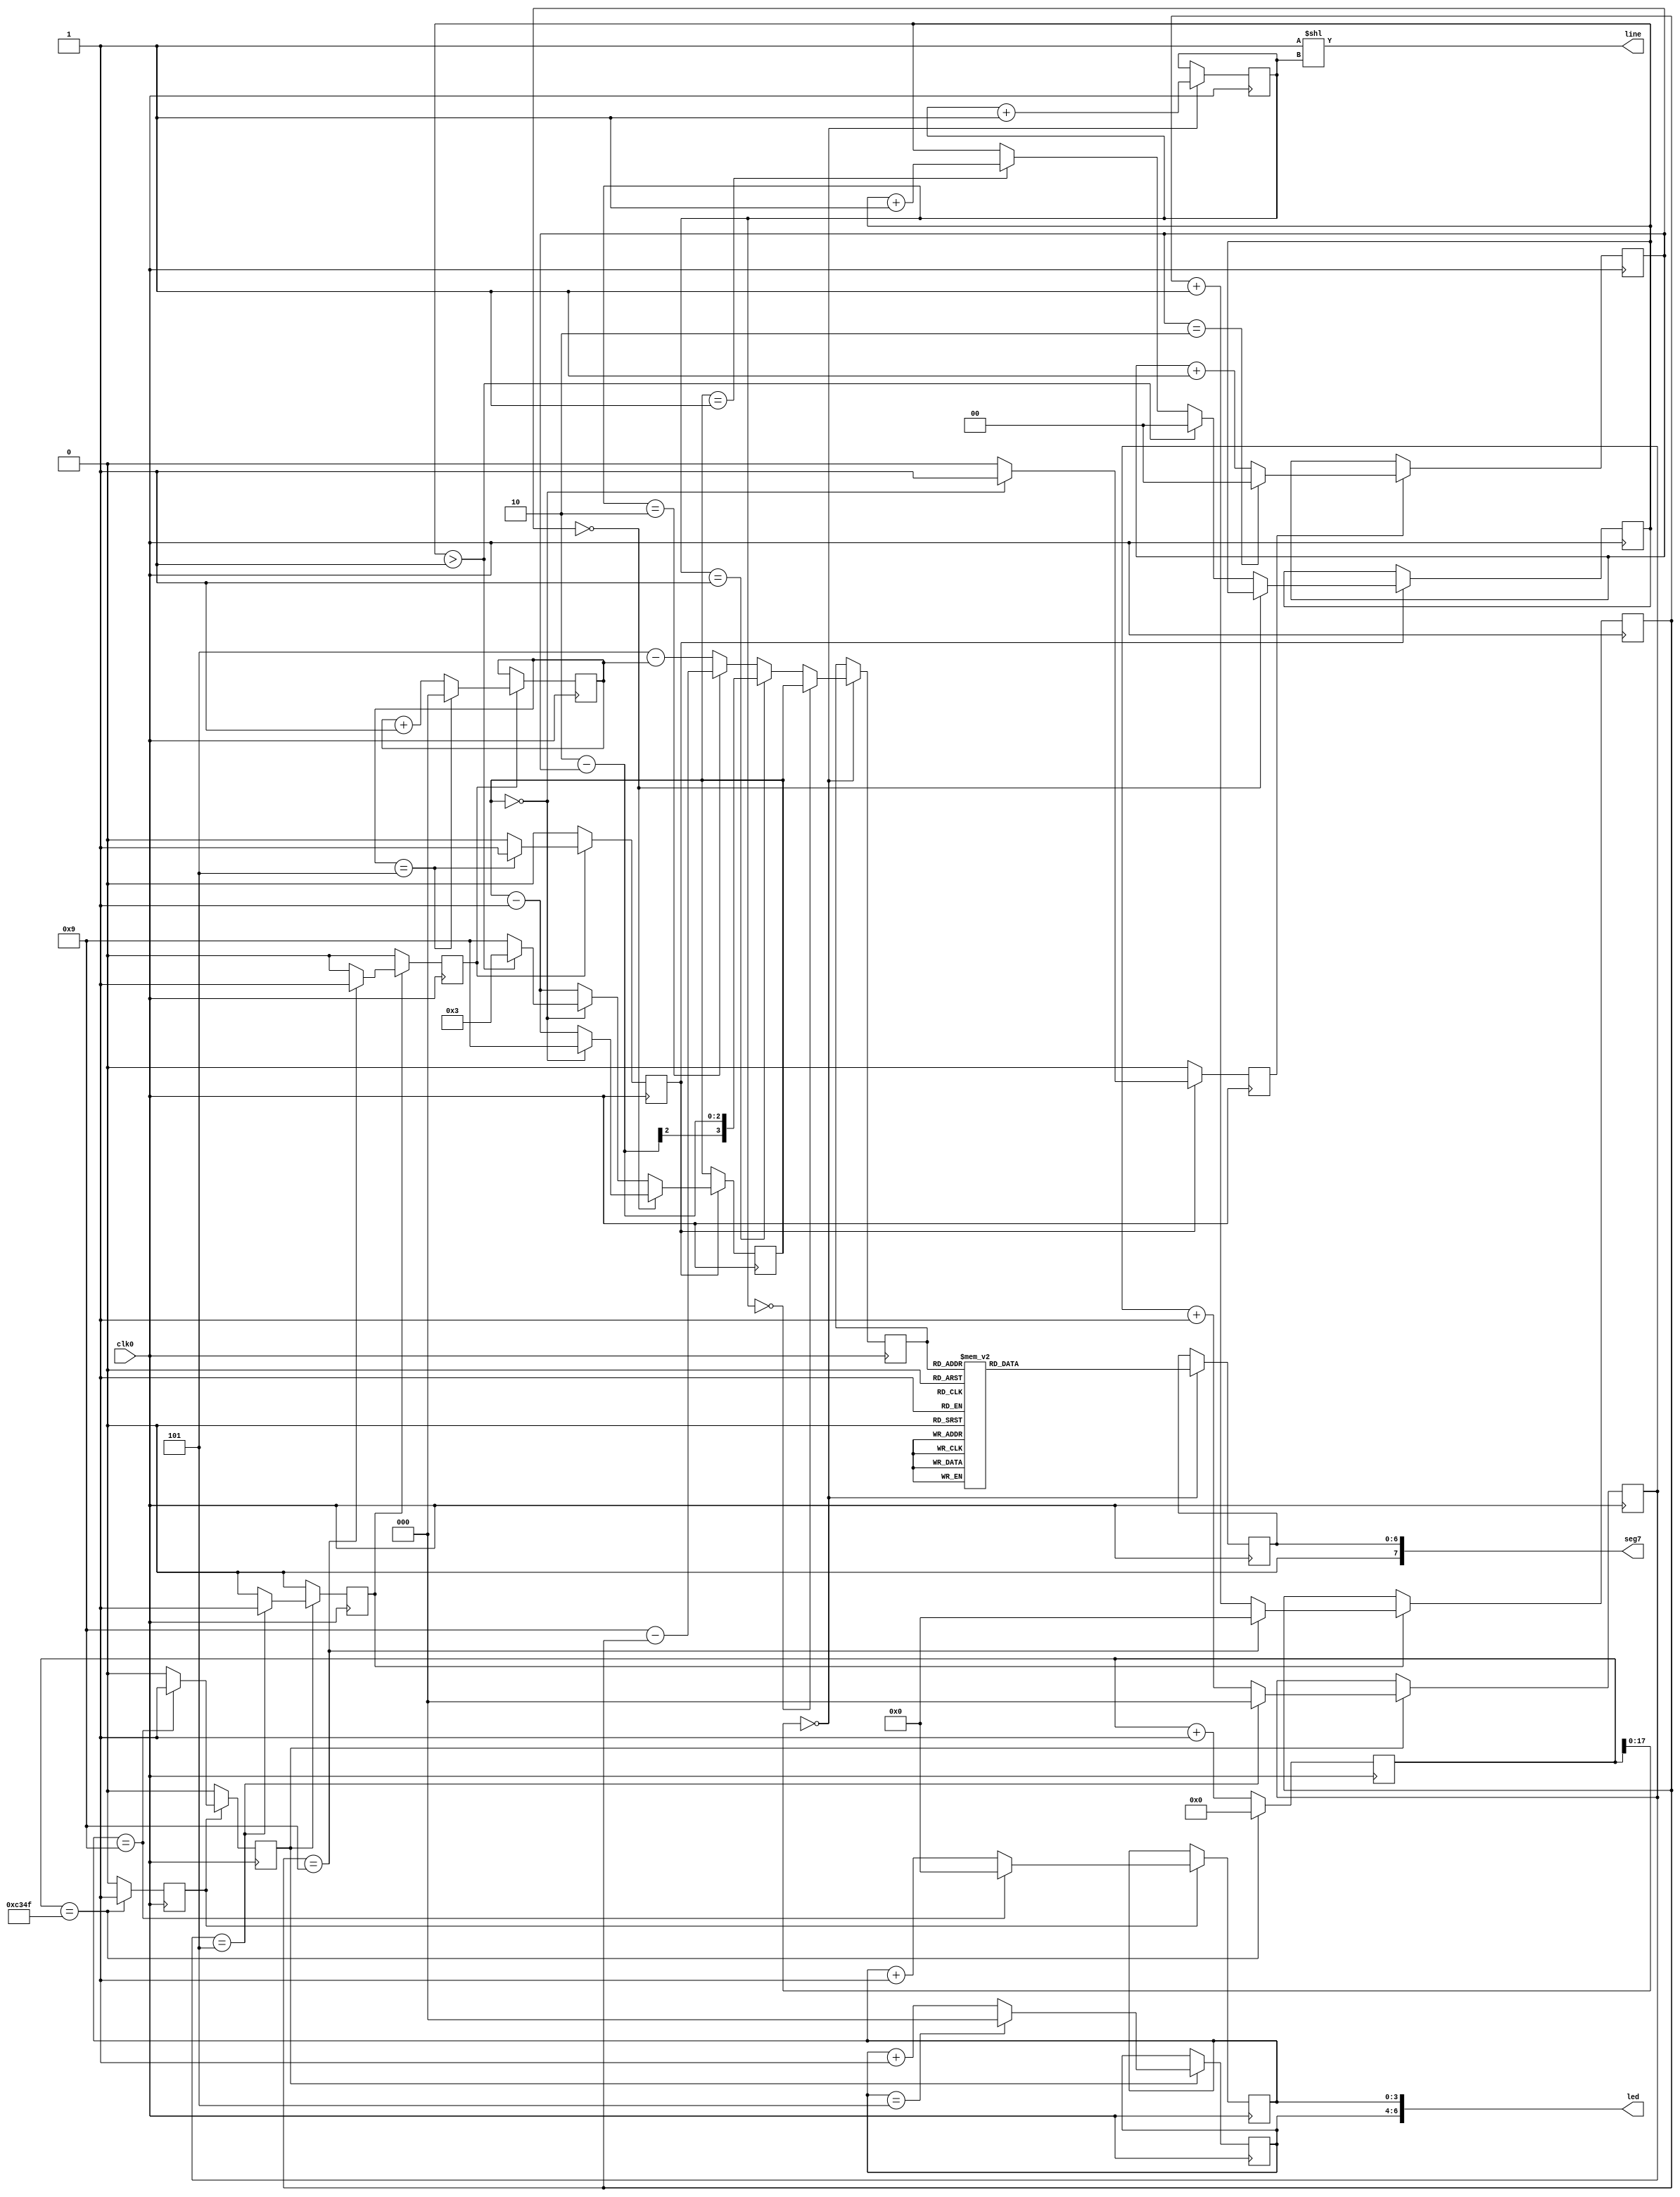
module count_day_reverse(
	input wire  clk0,
	output wire [7:0] seg7,
	output wire [3:0] line,
	output wire [6:0] led
);
	assign line = 4'b0001<<ab;
	assign led = { 1'b0, count6, count10 };
	assign seg7 = { 1'b0, disp };

	// \
	reg[6:0] disp=7'b0;
	reg[3:0] x;
	reg[1:0] ab=2'b0;
	always @( posedge clk0 )begin	
		if(c[17:0] == 0)begin
			if(ab == 2'b00)begin
				//x <= count_10min;
				//if(count_top != 4'd2)begin
				//	x <= 4'd9 - count_10hour;
				//end
				//else begin
				//	x <= 4'd3 - count_10hour;
				//end
				//x <= count_10hour;
				x <= count_10hour;
			end
			else if(ab == 2'b01)begin
				//x <= count_1hour;
				x <= 4'd2 - count_top;
			end
			else if(ab == 2'b10)begin
				//x <= count_10hour;
				x <= 4'd9 - count_10min;
			end
			else begin
				//x <= count_top;
				x <= 4'd5 - count_1hour;
			end
			
			ab <= ab+1'b1;
		//x <= ab?count6:count10;
		
			//case(ab)
			//	2'b00 : x <= count_10min;
			//	2'b01 : x <= count_1hour;
			//	2'b10 : x <= count_10hour;
			//	2'b11 : x <= count_top;
			//endcase
			
			case(x)
				4'b0000 : disp <= 7'b0111111; //0
				4'b0001 : disp <= 7'b0000110; //1
				4'b0010 : disp <= 7'b1011011; //2
				4'b0011 : disp <= 7'b1001111; //3
				4'b0100 : disp <= 7'b1100110; //4
				4'b0101 : disp <= 7'b1101101; //5
				4'b0110 : disp <= 7'b1111101; //6
				4'b0111 : disp <= 7'b0100111; //7
				4'b1000 : disp <= 7'b1111111; //8
				4'b1001 : disp <= 7'b1101111; //9
				default : disp <= 7'b0000000;
			endcase
		end
	end
	 
	// 1b
	//reg[26:0] c=27'b0;
	//always @( posedge clk0 ) c <= (c==27'd99999999) ? 1'b0 : (c+1'b1);
	//reg[24:0] c=25'b0;
	//always @( posedge clk0 ) c <= (c==25'd999999) ? 1'b0 : (c+1'b1);
	
	// 1b NEW
 	reg[26:0] c=27'b0;
 	reg sec_enable=1'b0;
 	always @( posedge clk0 )begin
 		c <= ( c==27'd49999 )?1'b0:(c+1'b1);
 		sec_enable <= ( c==27'd49999 )?1'b1:1'b0;
 	end 
	
	// 10iJE^ 0~9b
	reg[3:0] count10 = 4'b0;
	reg sec10_enable = 1'b0;
	always @(posedge clk0) begin
		if(sec_enable)begin
			count10 <= (count10==4'd9) ? 1'b0 : (count10+1'b1);
			sec10_enable <= (count10==4'd9)? 1'b1 : 1'b0;
		end
		else begin
			sec10_enable <= 1'b0;
		end
	end

	// 6iJE^
 	reg[2:0] count6=3'b0;
 	always @( posedge clk0 )
 		if( sec10_enable ) count6<=(count6==3'd5)?1'b0:(count6+1'b1);
	
	// 1JE^ 
	reg[2:0] count_1min = 3'b0;
	reg min_enable = 1'b0;
	always @(posedge clk0) begin
		if(sec10_enable)begin
			count_1min <= (count_1min==4'd5) ? 1'b0 : (count_1min+1'b1);
			min_enable <= (count_1min==4'd5) ? 1'b1 : 1'b0;
		end
		else begin
			min_enable <= 1'b0;
		end
	end
	
	// 10JE^
	reg[3:0] count_10min = 4'b0;
	reg ten_min_enable = 1'b0;
	always @(posedge clk0) begin
		if(min_enable)begin
			count_10min <= (count_10min==4'd9) ? 1'b0 : (count_10min+1'b1);
			ten_min_enable <= (count_10min==4'd9) ? 1'b1 : 1'b0;
		end
		else begin
			ten_min_enable <= 1'b0;
		end
	end
	
	// 106iJE^ -> 1Ԃ쐬
	reg[2:0] count_1hour = 3'b0;
	reg hour_enable = 1'b0;
	always @(posedge clk0) begin
		if(ten_min_enable)begin
			count_1hour <= (count_1hour==4'd5) ? 1'b0 : (count_1hour+1'b1);
			hour_enable <= (count_1hour==4'd5) ? 1'b1 : 1'b0;
		end
		else begin
			hour_enable <= 1'b0;
		end
	end
	
	// ԗp10iJE^ -> 0~9
	reg[3:0] count_10hour = 4'd3;
	reg ten_hour_enable = 1'b0;
	reg[1:0] flag = 2'd0;
	always @(posedge clk0) begin
		if(hour_enable)begin
			//if(flag == 2'd2)begin
			//	count_10hour <= 4'd3;
			//	flag <= 2'd0;
			//end
		
			if(count_top == 4'd0)begin
				count_10hour <= (count_10hour==4'd0) ? 4'd9 : (count_10hour-1'b1);
				ten_hour_enable <= (count_10hour==4'd0) ? 1'b1 : 1'b0;
			end
			else begin
				count_10hour <= (count_10hour==4'd0) ? ((flag>2'd1)? 4'd3 : 4'd9) : (count_10hour-1'b1);
				
				if(count_10hour == 4'd1)begin
					flag <= flag + 1'b1;
				end
				if(flag > 2'd1)begin
					flag <= 2'd0;
				end
				
				ten_hour_enable <= (count_10hour==4'd0) ? 1'b1 : 1'b0;
			end
			
		end
		else begin
			ten_hour_enable <= 1'b0;
		end
	end
	
	//ŏĨJE^ -> 0x, 1x, 2x
	reg[1:0] count_top = 2'b0;
	//reg min_enable = 1'b0;
	always @(posedge clk0) begin
		if(ten_hour_enable)begin
			count_top <= (count_top==4'd2) ? 1'b0 : (count_top+1'b1);
			//min_enable <= (count_1min==4'd5) ? 1'b1 : 1'b0;
		end
	end
	
	//always @(negedge c[25]) count10 <= (count10==27'd9) ? 1'b0 : (count10+1'b1);
	//reg[3:0] count10=4'b0;
	//always @(negedge c[24]) count10 <= (count10==27'd9) ? 1'b0 : (count10+1'b1);
	
	// 6iJE^ -> 1܂
	//reg[2:0] count6=3'b0;
	//always @( negedge count10[3] ) count6 <= (count6==27'd5) ? 1'b0 : (count6+1'b1);
	
	// 10̃JE^
	//reg[3:0] count_10min=4'b0;
	//always @( negedge count6[2] ) count_10min <= (count_10min==27'd9) ? 1'b0 : (count_10min+1'b1);
	
	// 6iJE^ -> 1Ԃ܂
	//reg[5:0] count60=6'b0;
	//always @( negedge count_10min[2] ) count60 <= (count60==27'd5) ? 1'b0 : (count60+1'b1);
	
	// ԗp10iJE^ -> 0~9
	//reg[3:0] count_h10=4'b0;
	//always @( negedge count60[3] ) count_h10 <= (count_h10==27'd9) ? 1'b0 : (count_h10+1'b1);
	
	//ŏI3iJE^ -> 0x,1x,2x 
	//reg[1:0] count_top=2'b0;
	//always @( negedge count_h10[2] ) count_top <= (count_top==27'd2) ? 1'b0 : (count_top+1'b1);
	
endmodule